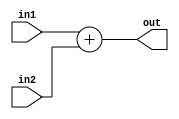
`timescale 1ns /1ns

module adder16bit(

 output reg [15:0] out,

 input [15:0] in1,in2
);

always@ (*)
 
 out <= in1 + in2;

endmodule